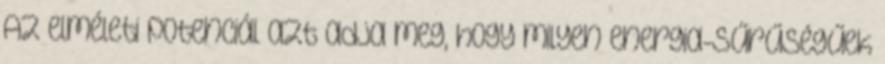
Az elméleti potenciál azt adja meg, hogy milyen energia-sűrűségűek